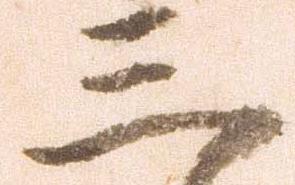
三